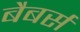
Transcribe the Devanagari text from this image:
बैबर्स